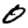
Digit: 0